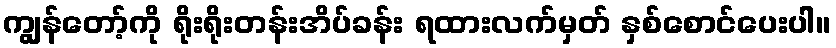
ကျွန်တော့်ကို ရိုးရိုးတန်းအိပ်ခန်း ရထားလက်မှတ် နှစ်စောင်ပေးပါ။